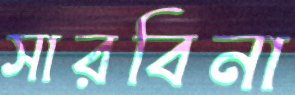
সারবিনা